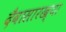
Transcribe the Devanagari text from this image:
दैवासारख्या